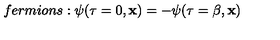
f e r m i o n s : \psi ( \tau = 0 , { \bf x } ) = - \psi ( \tau = \beta , { \bf x } )